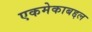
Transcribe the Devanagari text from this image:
एकमेकाबद्दल